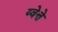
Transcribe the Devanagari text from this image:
य्वेत्ते